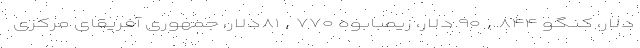
دلار، کنگو ۹۰,۸۴۴ دلار، زیمبابوه ۸۱,۷۷۰دلار، جمهوری آفریقای مرکزی